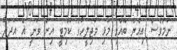
ނަމަވެސް އިއްޔެ ބޭއްވި މުޅި މަޖިލީހުގެ ކޮމިޓީ އިން ވަނީ އެ އަދަދު